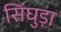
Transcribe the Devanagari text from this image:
सिंघुड़ा